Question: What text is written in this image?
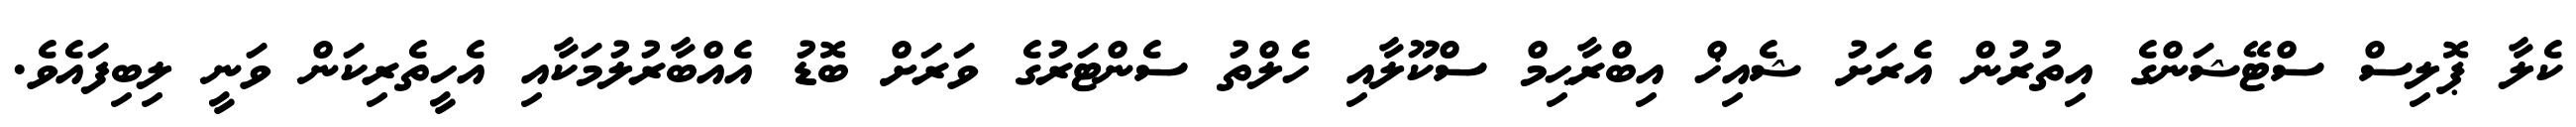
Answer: ކެލާ ޕޮލިސް ސްޓޭޝަންގެ އިތުރުން އެރަށު ޝެއިޚް އިބްރާޙިމް ސްކޫލާއި ހެލްތު ސެންޓަރުގެ ވަރަށް ބޮޑު އެއްބާރުލުމަކާއި އެހީތެރިކަން ވަނީ ލިބިފައެވެ.